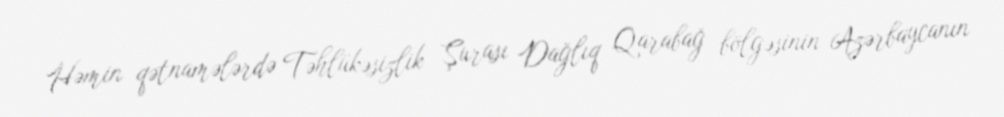
Həmin qətnamələrdə Təhlükəsizlik Şurası Dağlıq Qarabağ bölgəsinin Azərbaycanın